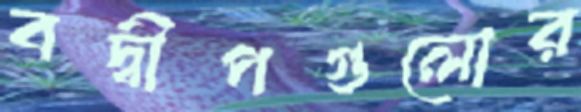
বদ্বীপগুলোর